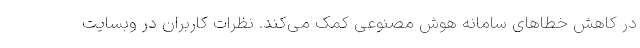
در کاهش خطاهای سامانه هوش مصنوعی کمک می‌کند. نظرات کاربران در وبسایت